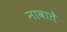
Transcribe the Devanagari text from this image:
नावाते